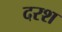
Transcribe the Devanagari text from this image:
दरश